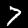
Label: 7